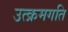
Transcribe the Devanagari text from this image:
उत्क्रमगति